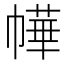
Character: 𭘲